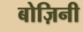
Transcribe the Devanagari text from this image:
बोज़िनी